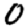
Digit: 0